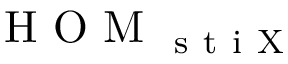
\mathrm { ~ H ~ O ~ M ~ } _ { \mathrm { ~ s ~ t ~ i ~ X ~ } }